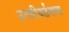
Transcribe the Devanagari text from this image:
उत्परिवर्तनाचा